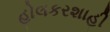
હોલકરશાહી